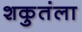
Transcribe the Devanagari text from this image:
शकुतंला